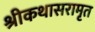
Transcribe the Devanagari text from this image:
श्रीकथासरामृत